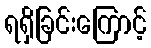
ရရှိခြင်းကြောင့်